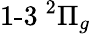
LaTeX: {\operatorname{1-3}}\phantom{A}\! \! \! ^{2}\Pi_{g}